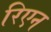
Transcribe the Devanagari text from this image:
रिएन